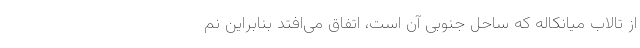
از تالاب میانکاله که ساحل جنوبی آن است، اتفاق می‌افتد بنابراین نم